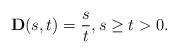
LaTeX: \begin{align*} \mathbf{D}(s,t)=\frac st,s\geq t>0. \end{align*}